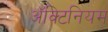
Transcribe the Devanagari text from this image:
अॅक्टिनियम